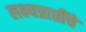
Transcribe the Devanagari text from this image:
लक्ष्यप्राप्तींचे